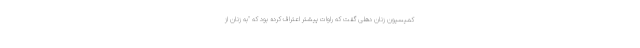
کمیسیون زنان دهلی گفت که راوات پیشتر اعتراف کرده بود که "به زنان از